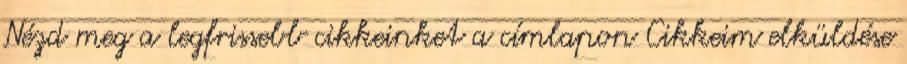
Nézd meg a legfrissebb cikkeinket a címlapon Cikkeim elküldése